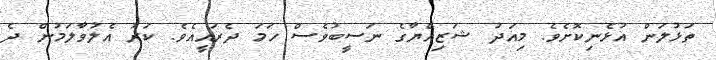
ތަޅުލަން އުޅެނިކޮށެވެ. މިއަދު ޝަޒިއްޔާގެ ނަސީބުވެސް ހަމަ ދެރައީއެވެ. ކަރު އެލުވާލަމުން ދެ